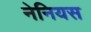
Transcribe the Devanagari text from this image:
नेनियस